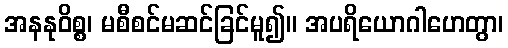
အနနုဝိစ္စ၊ မစီစင်မဆင်ခြင်မူ၍။ အပရိယောဂါဟေတွာ၊